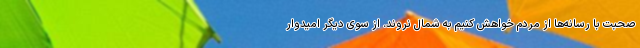
صحبت با رسانه‌ها از مردم خواهش کنیم به شمال نروند. از سوی دیگر امیدوار